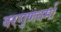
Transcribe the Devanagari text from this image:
वरगुणवर्मा